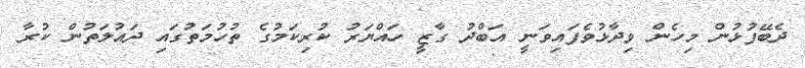
ދެބޭފުޅުން މިހެން ވިދާޅުވެފައިވަނީ އަބްދު ގާޒީ ހައްޔަރު ކުރިކަމުގެ ތުހުމަތުގައި ދައުލަތުން ކުރާ